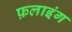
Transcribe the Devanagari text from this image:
फ़लाइंग